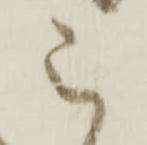
被